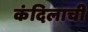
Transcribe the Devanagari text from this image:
कंदिलाची